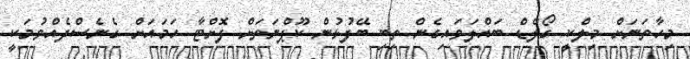
މިހާތަނަށް މިލްކީ ގޯލްޑް ބައްލަވައިގެން ތިބި ބޭފުޅުން ކޫޕްނަތަށް ފޮށްޓާ ހަމައަށް ގެނެސްދެއްވުމަކީ